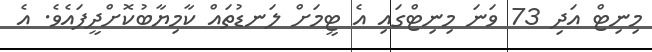
މިނިޓް އަދި 73 ވަނަ މިނިޓްގައި އެ ޓީމަށް ލަނޑުތައް ކާމިޔާބުކޮށްދީފައެވެ. އެ